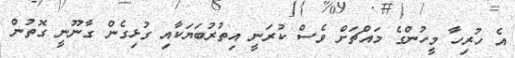
އެ ހުރިހާ މީހުންގެ މައްޗަށް ވެސް ކުރަނީ އިތުރުބަޔަކާއި ގުޅިގެން ގާނޫނީ ގޮތުން